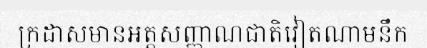
ក្រដាសមានអត្តសញ្ញាណជាតិវៀតណាមនឹក